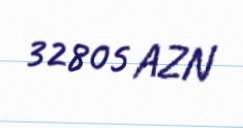
32805 AZN